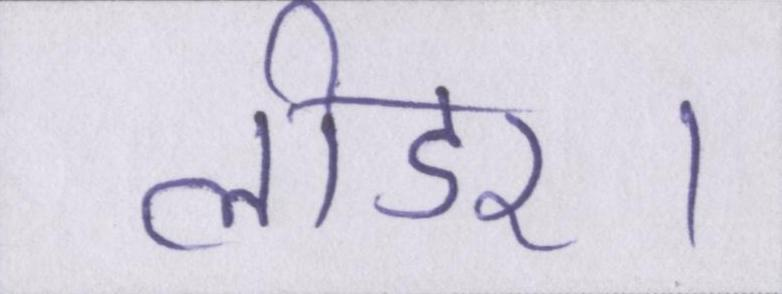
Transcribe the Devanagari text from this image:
लीडर।